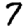
Digit: 7